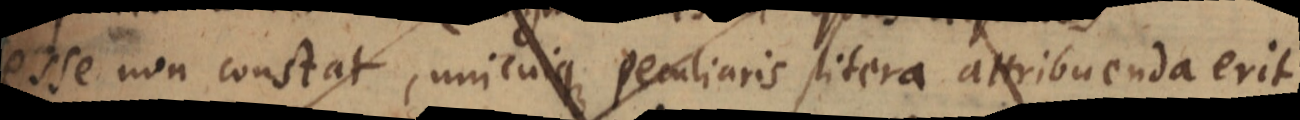
esse non constat, unicuique peculiaris litera attribuenda erit